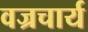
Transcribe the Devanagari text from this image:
वज्रचार्य